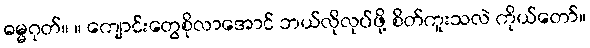
ဓမ္မဂုတ်။ ။ ကျောင်းတွေစိုလာအောင် ဘယ်လိုလုပ်ဖို့ စိတ်ကူးသလဲ ကိုယ်တော်။